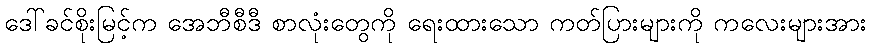
ဒေါ်ခင်စိုးမြင့်က အေဘီစီဒီ စာလုံးတွေကို ရေးထားသော ကတ်ပြားများကို ကလေးများအား